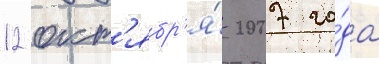
12 окт'ябр'я́ 2007 го́да